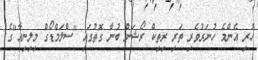
ހުރި އެންމެ ހުނަރުވެރި ތަރި ރިތިކް ރޯޝަން ބުނާ ގޮތުގައި "ސްލަމްޑޯގް މިލިނިއާ"ގެ